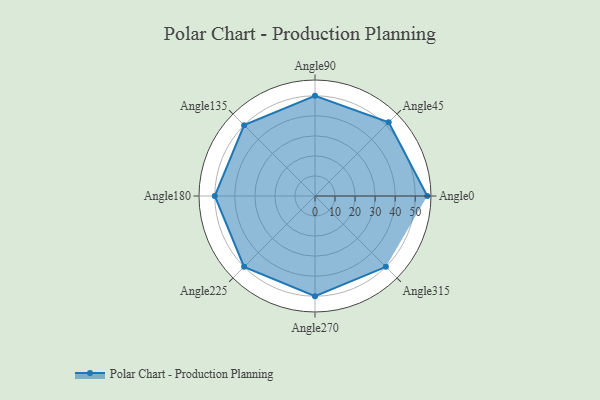
{"axis": {"x": "Angle", "y": "Radius"}, "legend": [""], "data": [{"x": "Angle0", "y": 56.0, "type": ""}, {"x": "Angle45", "y": 52.0, "type": ""}, {"x": "Angle90", "y": 50, "type": ""}, {"x": "Angle135", "y": 50, "type": ""}, {"x": "Angle180", "y": 50, "type": ""}, {"x": "Angle225", "y": 50, "type": ""}, {"x": "Angle270", "y": 50, "type": ""}, {"x": "Angle315", "y": 50.0, "type": ""}]}